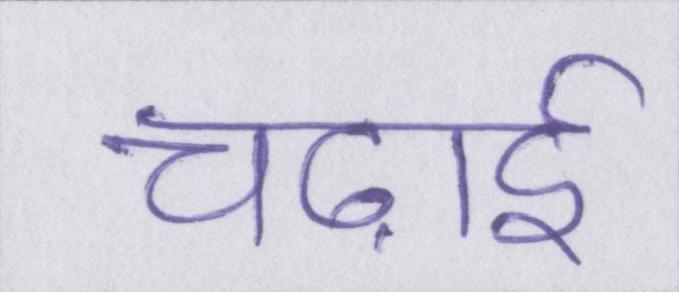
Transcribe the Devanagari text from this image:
चढ़ाई